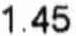
1.45